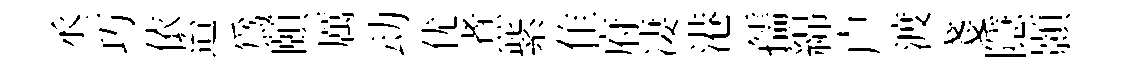
丞巧依迨爲頤厲动优煮紫隹府凄港孺綿户渡戔隱顥